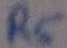
Text: R5